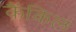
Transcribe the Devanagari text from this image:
कैंकिल